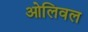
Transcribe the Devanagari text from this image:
ओलिवल